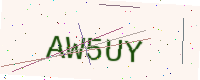
Text: AW5UY